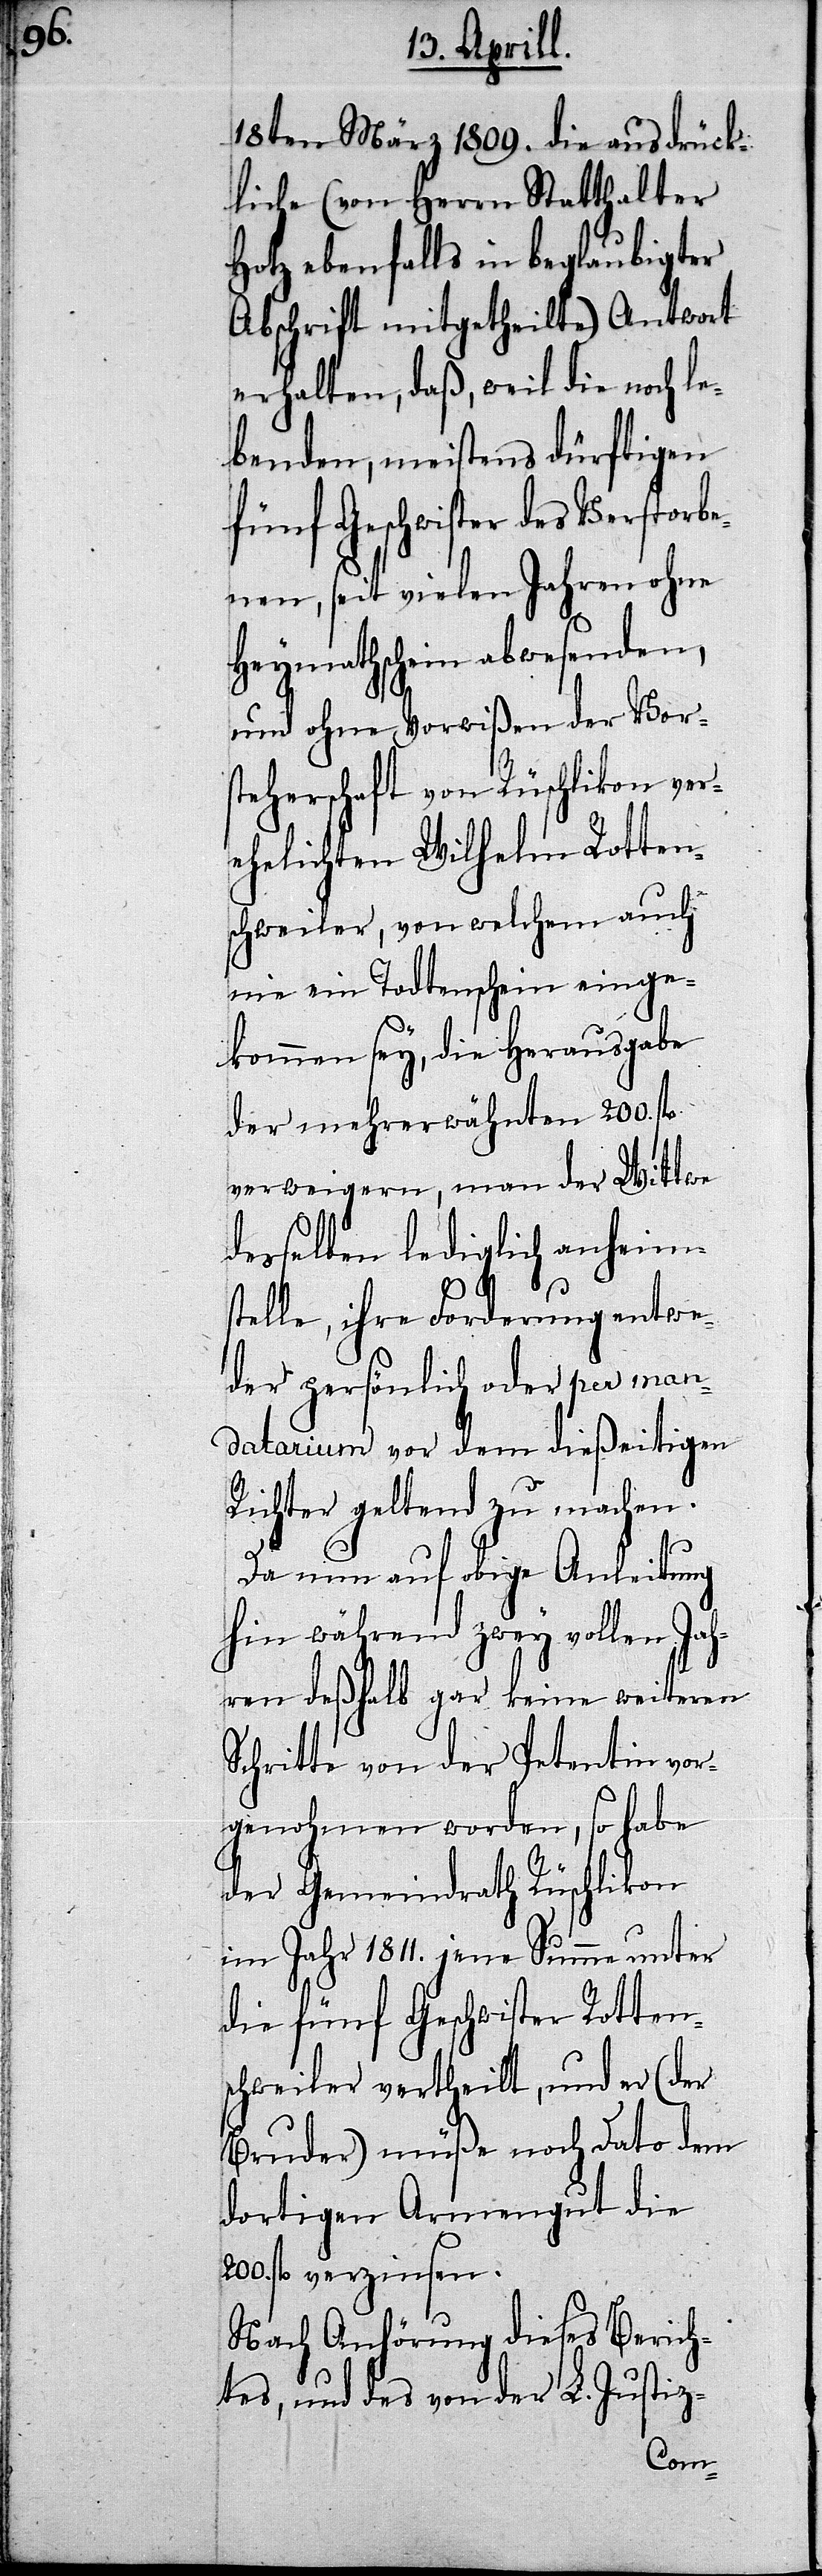
18ten März 1809. die ausdrück¬
liche (von Herrn Statthalter
Hotz ebenfalls in beglaubigter
Abschrift mitgetheilte) Antwort
erhalten, daß, weil die noch le¬
benden, meistens dürftigen
fünf Geschwister des Verstorbe¬
nen, seit vielen Jahren ohne
Heymathschein abwesenden,
und ohne Vorwißen der Vors¬
teherschaft von Rüschlikon ver¬
ehelichten Wilhelm Rotten¬
schweiler, von welchem auch
nie ein Todtenschein einge¬
kommen sey, die Herausgabe
der mehrerwähnten 200. fl.
verweigern, man der Wittwe
desselben lediglich anheim¬
stelle, ihre Forderung entwe¬
der persönlich oder per man¬
datarium vor dem dießseitigen
Richter geltend zu machen.
Da nun auf obige Anleitung
hin während zwey vollen Jah¬
ren deßhalb gar keine weiteren
Schritte von der Petentin vor¬
genohmen worden, so habe
der Gemeindrath Rüschlikon
im Jahr 1811. jene Summe unter
die fünf Geschwister Rotten¬
schweiler vertheilt, und er (der
Bruder) müße noch dato dem
dortigen Armengut die
200. fl. verzinsen.
Nach Anhörung dieses Berich¬
tes, und des von der L. Justiz-